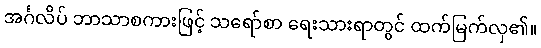
အင်္ဂလိပ် ဘာသာစကားဖြင့် သရော်စာ ရေးသားရာတွင် ထက်မြက်လှ၏။